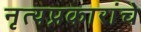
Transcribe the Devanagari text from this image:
नृत्यप्रकारांचे